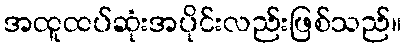
အထူထပ်ဆုံးအပိုင်းလည်းဖြစ်သည်။